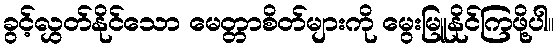
ခွင့်လွှတ်နိုင်သော မေတ္တာစိတ်များကို မွေးမြူနိုင်ကြဖို့ပါ။